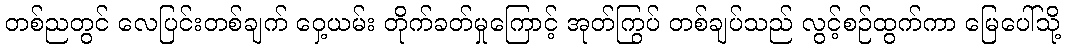
တစ်ညတွင် လေပြင်းတစ်ချက် ဝှေ့ယမ်း တိုက်ခတ်မှုကြောင့် အုတ်ကြွပ် တစ်ချပ်သည် လွင့်စဉ်ထွက်ကာ မြေပေါ်သို့